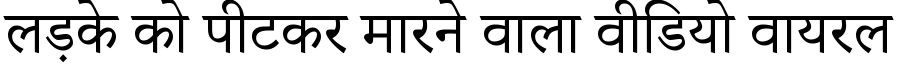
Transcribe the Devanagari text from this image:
लड़के को पीटकर मारने वाला वीडियो वायरल